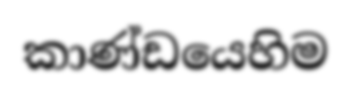
කාණ්ඩයෙහිම